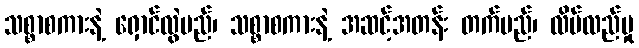
သစ္စာစကားနဲ့ ရှောင်လွဲမည်၊ သစ္စာစကားနဲ့ အဆင့်အတန်း တက်မည်၊ လိမ်လည်မှု